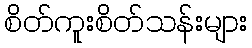
စိတ်ကူးစိတ်သန်းများ